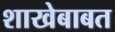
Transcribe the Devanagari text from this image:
शाखेबाबत